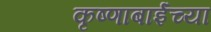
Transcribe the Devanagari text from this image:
कृष्णाबाईंच्या